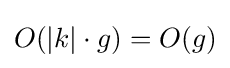
O(|k|\cdot g)=O(g)